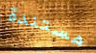
مستندة